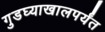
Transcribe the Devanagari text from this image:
गुडघ्याखालपर्यंत